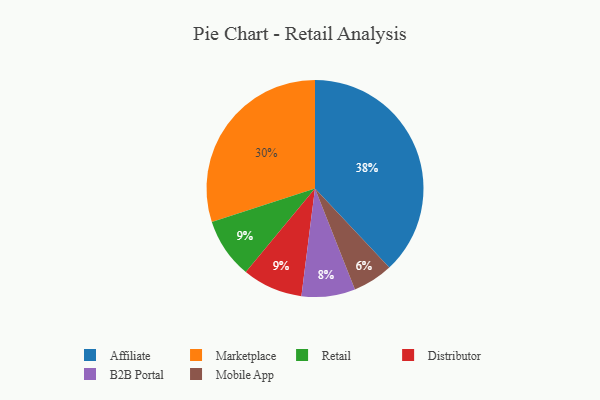
{"axis": {"x": "Category", "y": "Percentage"}, "legend": ["Affiliate", "B2B Portal", "Distributor", "Marketplace", "Mobile App", "Retail"], "data": [{"x": "Marketplace", "y": 30, "type": "Marketplace"}, {"x": "Retail", "y": 9, "type": "Retail"}, {"x": "Distributor", "y": 9, "type": "Distributor"}, {"x": "B2B Portal", "y": 8, "type": "B2B Portal"}, {"x": "Mobile App", "y": 6, "type": "Mobile App"}, {"x": "Affiliate", "y": 38, "type": "Affiliate"}]}